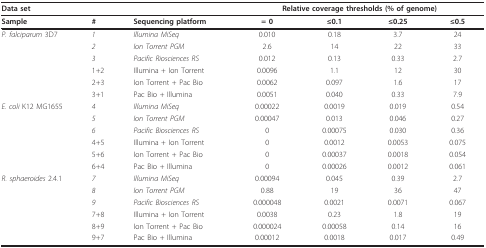
<table><thead><tr><td colspan="3"><b>Data set</b></td><td colspan="4"><b>Relative coverage thresholds (% of genome)</b></td></tr><tr><td><b>Sample</b></td><td><b>#</b></td><td><b>Sequencing platform</b></td><td><b>= 0</b></td><td><b>≤0.1</b></td><td><b>≤0.25</b></td><td><b>≤0.5</b></td></tr></thead><tbody><tr><td><i>P. falciparum </i>3D7</td><td><i>1</i></td><td><i>Illumina MiSeq</i></td><td>0.010</td><td>0.18</td><td>3.7</td><td>24</td></tr><tr><td></td><td><i>2</i></td><td><i>Ion Torrent PGM</i></td><td>2.6</td><td>14</td><td>22</td><td>33</td></tr><tr><td></td><td><i>3</i></td><td><i>Pacific Riosciences RS</i></td><td>0.012</td><td>0.13</td><td>0.33</td><td>2.7</td></tr><tr><td></td><td>1+2</td><td>Illumina + Ion Torrent</td><td>0.0096</td><td>1.1</td><td>12</td><td>30</td></tr><tr><td></td><td>2+3</td><td>Ion Torrent + Pac Bio</td><td>0.0062</td><td>0.097</td><td>1.6</td><td>17</td></tr><tr><td></td><td>3+1</td><td>Pac Bio + Illumina</td><td>0.0051</td><td>0.040</td><td>0.33</td><td>7.9</td></tr><tr><td><i>E. coli </i>K12 MG1655</td><td><i>4</i></td><td><i>Illumina MiSeq</i></td><td>0.00022</td><td>0.0019</td><td>0.019</td><td>0.54</td></tr><tr><td></td><td><i>5</i></td><td><i>Ion Torrent PGM</i></td><td>0.00047</td><td>0.013</td><td>0.046</td><td>0.27</td></tr><tr><td></td><td><i>6</i></td><td><i>Pacific Biosciences RS</i></td><td>0</td><td>0.00075</td><td>0.030</td><td>0.36</td></tr><tr><td></td><td>4+5</td><td>Illumina + Ion Torrent</td><td>0</td><td>0.0012</td><td>0.0053</td><td>0.075</td></tr><tr><td></td><td>5+6</td><td>Ion Torrent + Pac Bio</td><td>0</td><td>0.00037</td><td>0.0018</td><td>0.054</td></tr><tr><td></td><td>6+4</td><td>Pac Bio + Illumina</td><td>0</td><td>0.00026</td><td>0.0012</td><td>0.061</td></tr><tr><td><i>R. sphaeroides </i>2.4.1</td><td><i>7</i></td><td><i>Illumina MiSeq</i></td><td>0.00094</td><td>0.045</td><td>0.39</td><td>2.7</td></tr><tr><td></td><td><i>8</i></td><td><i>Ion Torrent PGM</i></td><td>0.88</td><td>19</td><td>36</td><td>47</td></tr><tr><td></td><td><i>9</i></td><td><i>Pacific Biosciences RS</i></td><td>0.000048</td><td>0.0021</td><td>0.0071</td><td>0.067</td></tr><tr><td></td><td>7+8</td><td>Illumina + Ion Torrent</td><td>0.0038</td><td>0.23</td><td>1.8</td><td>19</td></tr><tr><td></td><td>8+9</td><td>Ion Torrent + Pac Bio</td><td>0.000024</td><td>0.00058</td><td>0.14</td><td>16</td></tr><tr><td></td><td>9+7</td><td>Pac Bio + Illumina</td><td>0.00012</td><td>0.0018</td><td>0.017</td><td>0.49</td></tr></tbody></table>